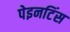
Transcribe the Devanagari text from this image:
पेइनटिंस